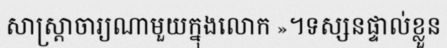
សាស្ត្រាចារ្យណាមួយក្នុងលោក »។ទស្សនផ្ទាល់ខ្លួន